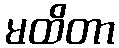
မထိတာ